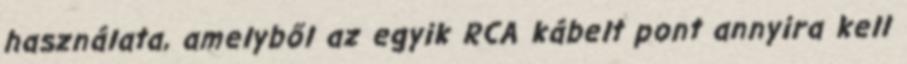
használata, amelyből az egyik RCA kábelt pont annyira kell